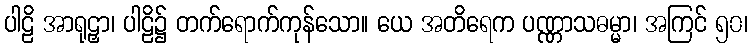
ပါဠိ အာရုဠှာ၊ ပါဠိ၌ တက်ရောက်ကုန်သော။ ယေ အတိရေက ပဏ္ဏာသဓမ္မာ၊ အကြင် ၅၀၊